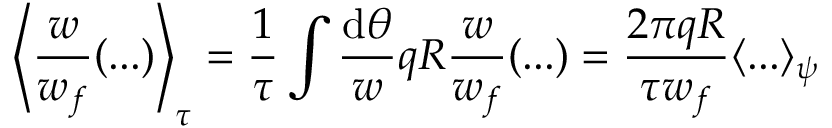
\Bigg \langle \frac { w } { w _ { f } } ( . . . ) \Bigg \rangle _ { \tau } = \frac { 1 } { \tau } \int \frac { \mathrm { d } \theta } { w } q R \frac { w } { w _ { f } } ( . . . ) = \frac { 2 \pi q R } { \tau w _ { f } } \langle . . . \rangle _ { \psi }